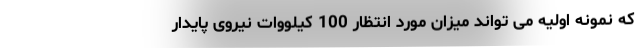
که نمونه اولیه می تواند میزان مورد انتظار 100 کیلووات نیروی پایدار